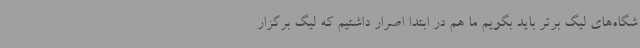
شگاه‌های لیگ برتر باید بگویم ما هم در ابتدا اصرار داشتیم که لیگ برگزار